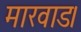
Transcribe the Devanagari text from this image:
मारवाड।